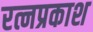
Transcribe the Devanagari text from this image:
रत्नप्रकाश